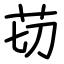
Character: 苆